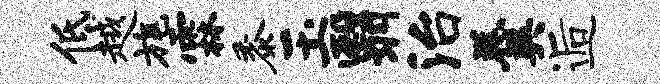
低越旄霖黍玉翳治羹逅